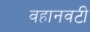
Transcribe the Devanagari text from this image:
वहानवटी